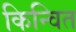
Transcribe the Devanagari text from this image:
किन्वित